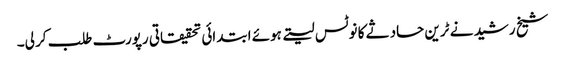
شیخ رشید نے ٹرین حادثے کا نوٹس لیتے ہوئے ابتدائی تحقیقاتی رپورٹ طلب کر لی۔